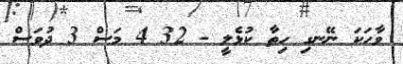
ވާހަކަ ނޭނގި ހިތާ ކުޅެލީ - 32 4 މަސް 3 ދުވަސް